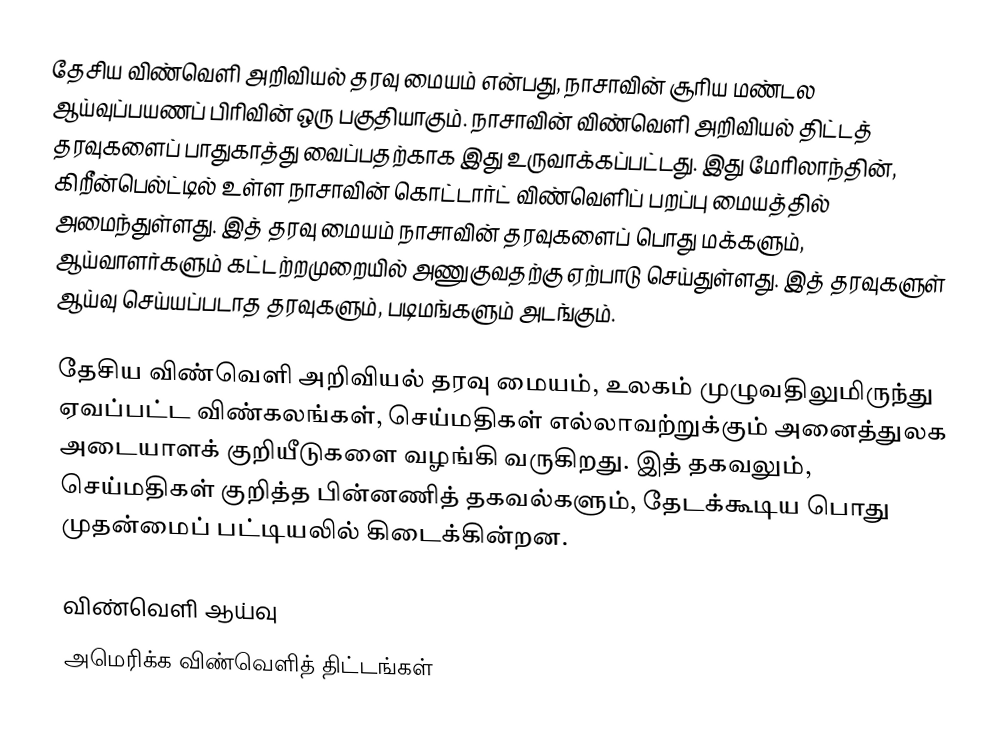
தேசிய விண்வெளி அறிவியல் தரவு மையம் என்பது, நாசாவின் சூரிய மண்டல ஆய்வுப்பயணப் பிரிவின் ஒரு பகுதியாகும். நாசாவின் விண்வெளி அறிவியல் திட்டத் தரவுகளைப் பாதுகாத்து வைப்பதற்காக இது உருவாக்கப்பட்டது. இது மேரிலாந்தின், கிறீன்பெல்ட்டில் உள்ள நாசாவின் கொட்டார்ட் விண்வெளிப் பறப்பு மையத்தில் அமைந்துள்ளது. இத் தரவு மையம் நாசாவின் தரவுகளைப் பொது மக்களும், ஆய்வாளர்களும் கட்டற்றமுறையில் அணுகுவதற்கு ஏற்பாடு செய்துள்ளது. இத் தரவுகளுள் ஆய்வு செய்யப்படாத தரவுகளும், படிமங்களும் அடங்கும்.

தேசிய விண்வெளி அறிவியல் தரவு மையம், உலகம் முழுவதிலுமிருந்து ஏவப்பட்ட விண்கலங்கள், செய்மதிகள் எல்லாவற்றுக்கும் அனைத்துலக அடையாளக் குறியீடுகளை வழங்கி வருகிறது. இத் தகவலும், செய்மதிகள் குறித்த பின்னணித் தகவல்களும், தேடக்கூடிய பொது முதன்மைப் பட்டியலில் கிடைக்கின்றன.

விண்வெளி ஆய்வு
அமெரிக்க விண்வெளித் திட்டங்கள்